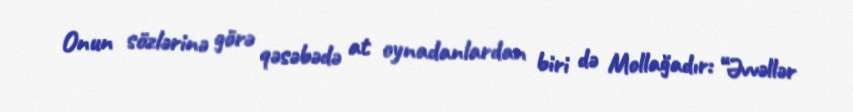
Onun sözlərinə görə qəsəbədə at oynadanlardan biri də Mollağadır: “Əvvəllər